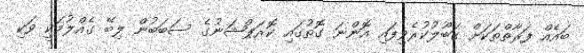
ބައެއް ފަރާތްތަކަށް ގަބޫލުކުރެވިފައި އޮންނަ ގޮތުގައި ކޮރަޕްޝަނުގެ ސަބަބުން ލިބޭ ގެއްލުމަކީ ވަކި